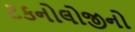
ટકનોલોજીનો